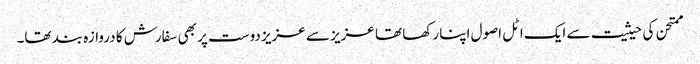
ممتحن کی حیثیت سے ایک اٹل اصول اپنا رکھا تھا عزیز سے عزیز دوست پر بھی سفارش کا دروازہ بند تھا۔